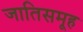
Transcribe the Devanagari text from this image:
जातिसमूह